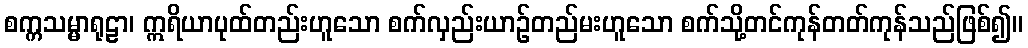
စက္ကသမ္မာရုဠာ၊ ဣရိယာပုထ်တည်းဟူသော စက်လှည်းယာဉ်တည်မးဟူသော စက်သို့တင်ကုန်တတ်ကုန်သည်ဖြစ်၍။